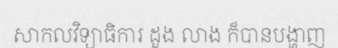
សាកលវិទ្យាធិការ ដួង លាង ក៏បានបង្ហាញ